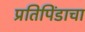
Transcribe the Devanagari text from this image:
प्रतिपिंडाचा